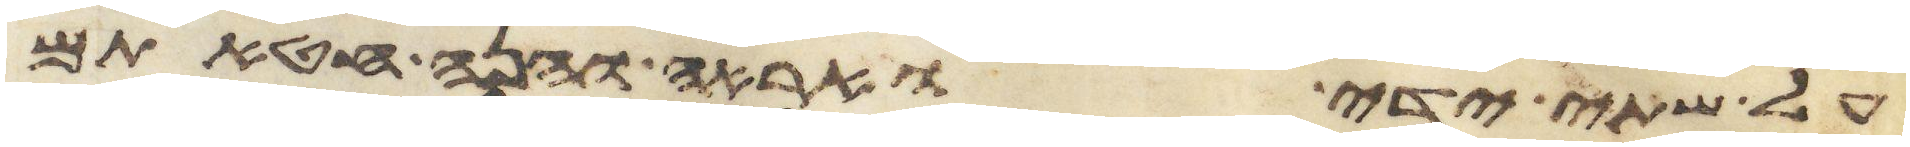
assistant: על שתי ידי ואראה והנה חטאתם